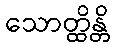
သောတ္ထိန္တိ